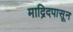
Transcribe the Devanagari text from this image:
माद्रिदपासून